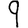
Digit: 9